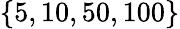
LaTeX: \{ 5,10,50,100\}